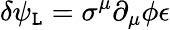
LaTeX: \delta\psi_{\mathtt{L}}=\sigma^{\mu}\partial_{\mu}\phi\epsilon